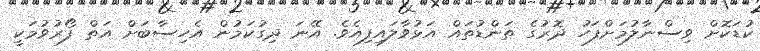
ކުޑަކޮށް ވިސްނާލުމަށްފަހު ދޮރުގެ ތަންޑުތައް އަޅުވާލައިފިއެވެ. އޭނަ ދިގުކަމުން އެހިސާބަށް އަތް ފޯރުވުމަކީ